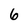
Character: 6